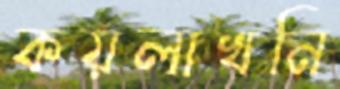
কয়লাখনি